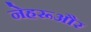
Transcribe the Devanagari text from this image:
नेहरूऔर